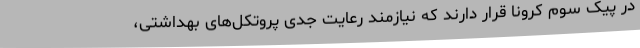
در پیک سوم کرونا قرار دارند که نیازمند رعایت جدی پروتکل‌های بهداشتی،